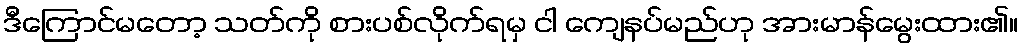
ဒီကြောင်မတော့ သတ်ကို စားပစ်လိုက်ရမှ ငါ ကျေနပ်မည်ဟု အားမာန်မွေးထား၏။